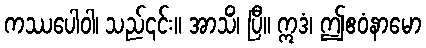
ကဿပေါဝါ၊ သည်၎င်း။ အာသိံ၊ ပြီ။ ဣဒံ၊ ဤဧဝံနာမော